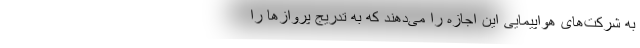
به شرکت‌های هواپیمایی این اجازه را می‌دهند که به تدریج پروازها را